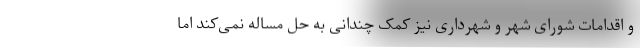
و اقدامات شورای شهر و شهرداری نیز کمک چندانی به حل مساله نمی‌کند اما